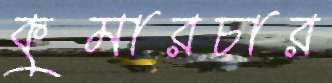
কুমারচার